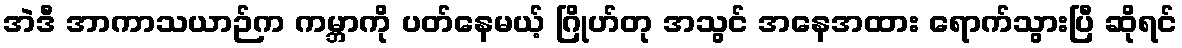
အဲဒီ အာကာသယာဉ်က ကမ္ဘာကို ပတ်နေမယ့် ဂြိုဟ်တု အသွင် အနေအထား ရောက်သွားပြီ ဆိုရင်